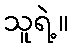
သူရဲ့။